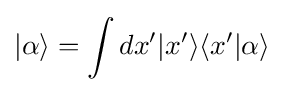
|\alpha \rangle =\int dx'|x'\rangle \langle x'|\alpha \rangle